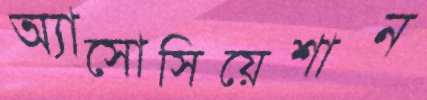
অ্যাসোসিয়েশান